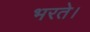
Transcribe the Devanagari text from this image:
भरते।